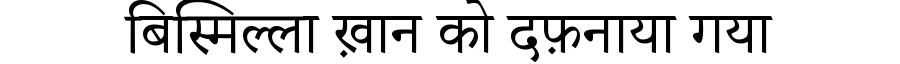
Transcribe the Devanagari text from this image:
बिस्मिल्ला ख़ान को दफ़नाया गया